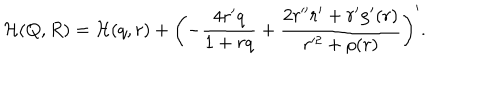
{ \cal H } ( Q , R ) = { \cal H } ( q , r ) + \left( - \frac { 4 r ^ { \prime } q } { 1 + r q } + \frac { 2 r ^ { \prime \prime } r ^ { \prime } + r ^ { \prime } \rho ^ { \prime } ( r ) } { r ^ { 2 } + \rho ( r ) } \right) ^ { \prime } .